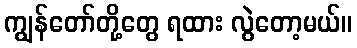
ကျွန်တော်တို့တွေ ရထား လွဲတော့မယ်။